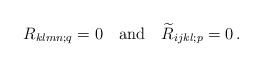
\begin{align*}R_{klmn;q}=0\quad\mbox{and}\quad \widetilde{R}_{ijkl;p} =0\,. \end{align*}